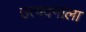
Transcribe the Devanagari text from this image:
उत्पदनाला